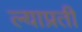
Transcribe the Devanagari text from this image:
ल्याप्रती